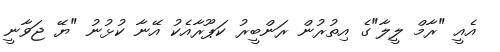
އެއީ "ރާމް ލީލާ"ގެ އިތުރުން ރަންބީރު ކަޕޫރާއެކު އޭނާ ކުޅުނު "ޔޭ ޖަވާނީ